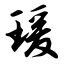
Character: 瑗